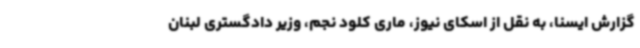
گزارش ایسنا، به نقل از اسکای نیوز، ماری کلود نجم، وزیر دادگستری لبنان